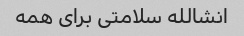
انشالله سلامتی برای همه